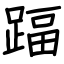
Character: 踾